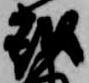
越